Document type: Pledge
Year: 1265
Scribe: Pere Marc
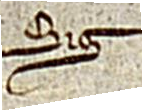
Sig